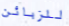
للزبائن